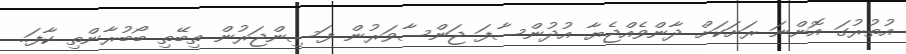
އުތުރުގަ އޮންނަ ރަށަކަށް ދާންވެއްޖެޔާ އުދުންސާފަ ޖަންސާވަރުން ފަސިންޖަރުން ތިބޭތި ބޯބުރާންތި ކާފަ..